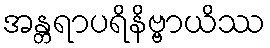
အန္တရာပရိနိဗ္ဗာယိဿ